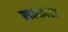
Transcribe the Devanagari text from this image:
सक्कारा